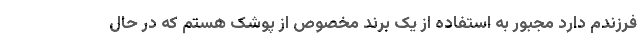
فرزندم دارد مجبور به استفاده از یک برند مخصوص از پوشک هستم که در حال